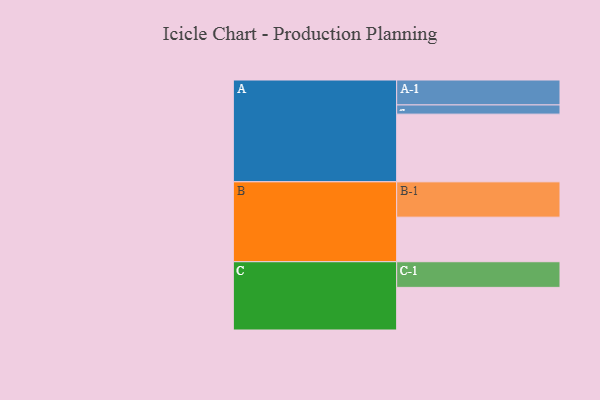
{"axis": {"x": "Segment", "y": "Value"}, "legend": ["", "A", "B", "C"], "data": [{"x": "A", "y": 559, "type": ""}, {"x": "B", "y": 368, "type": ""}, {"x": "C", "y": 352, "type": ""}, {"x": "A-1", "y": 206, "type": "A"}, {"x": "A-2", "y": 76, "type": "A"}, {"x": "B-1", "y": 292, "type": "B"}, {"x": "C-1", "y": 212, "type": "C"}]}